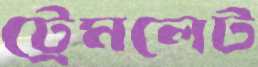
ট্রেমলেট